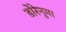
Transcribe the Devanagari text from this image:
डोरेनुमा